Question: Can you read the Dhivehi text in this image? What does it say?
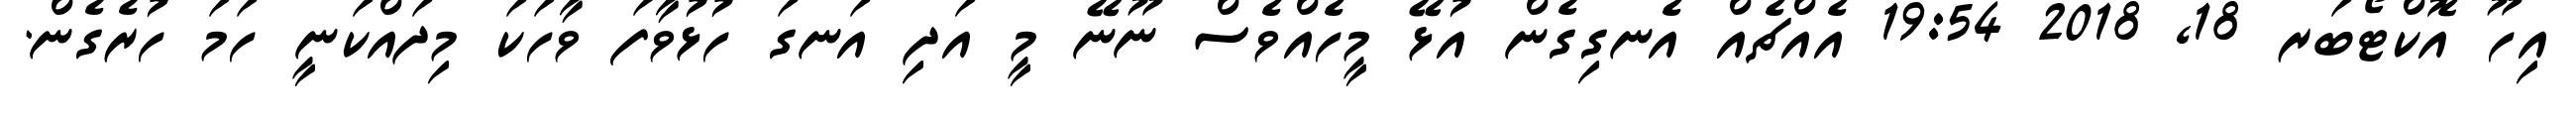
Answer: އިހޫ އޮކްޓޯބަރ 18, 2018 19:54 އެއްޗެއް އެނގިގެން އުޅޭ މީހެއްވެސް ނޫނޭ މީ އަދި އަނގަ ހުޅުވާފަ ވާހަކަ މިދައްކަނީ ހަމަ ހުރެގެން.